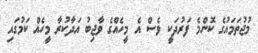
މުޖުތަމައުގެ ކޮންމެ ފަރުދަކީ ވެސް އެ މީހެއްގެ ވާޖިބު އަދާކުރާ މީހެއް ކަމުގައި